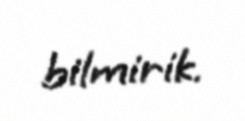
bilmirik.